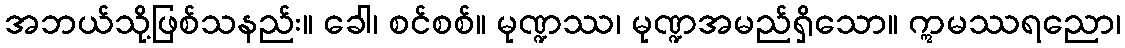
အဘယ်သို့ဖြစ်သနည်း။ ခေါ၊ စင်စစ်။ မုဏ္ဍဿ၊ မုဏ္ဍအမည်ရှိသော။ ဣမဿရညော၊